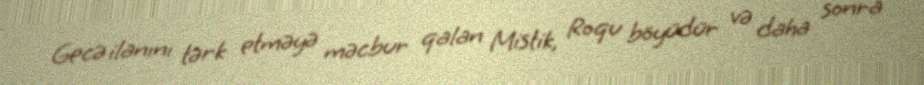
Gecə ilanını tərk etməyə məcbur qalan Mistik, Roqu böyüdür və daha sonra